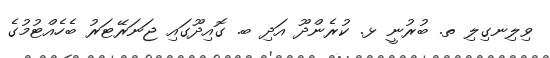
ވިލިނގިލި ތ. ބުރުނީ ޅ. ކުރެންދޫ އަދި ބ. ގޮއިދޫގައި ޖަނަރޭޓަރު ބެހެއްޓުމުގެ